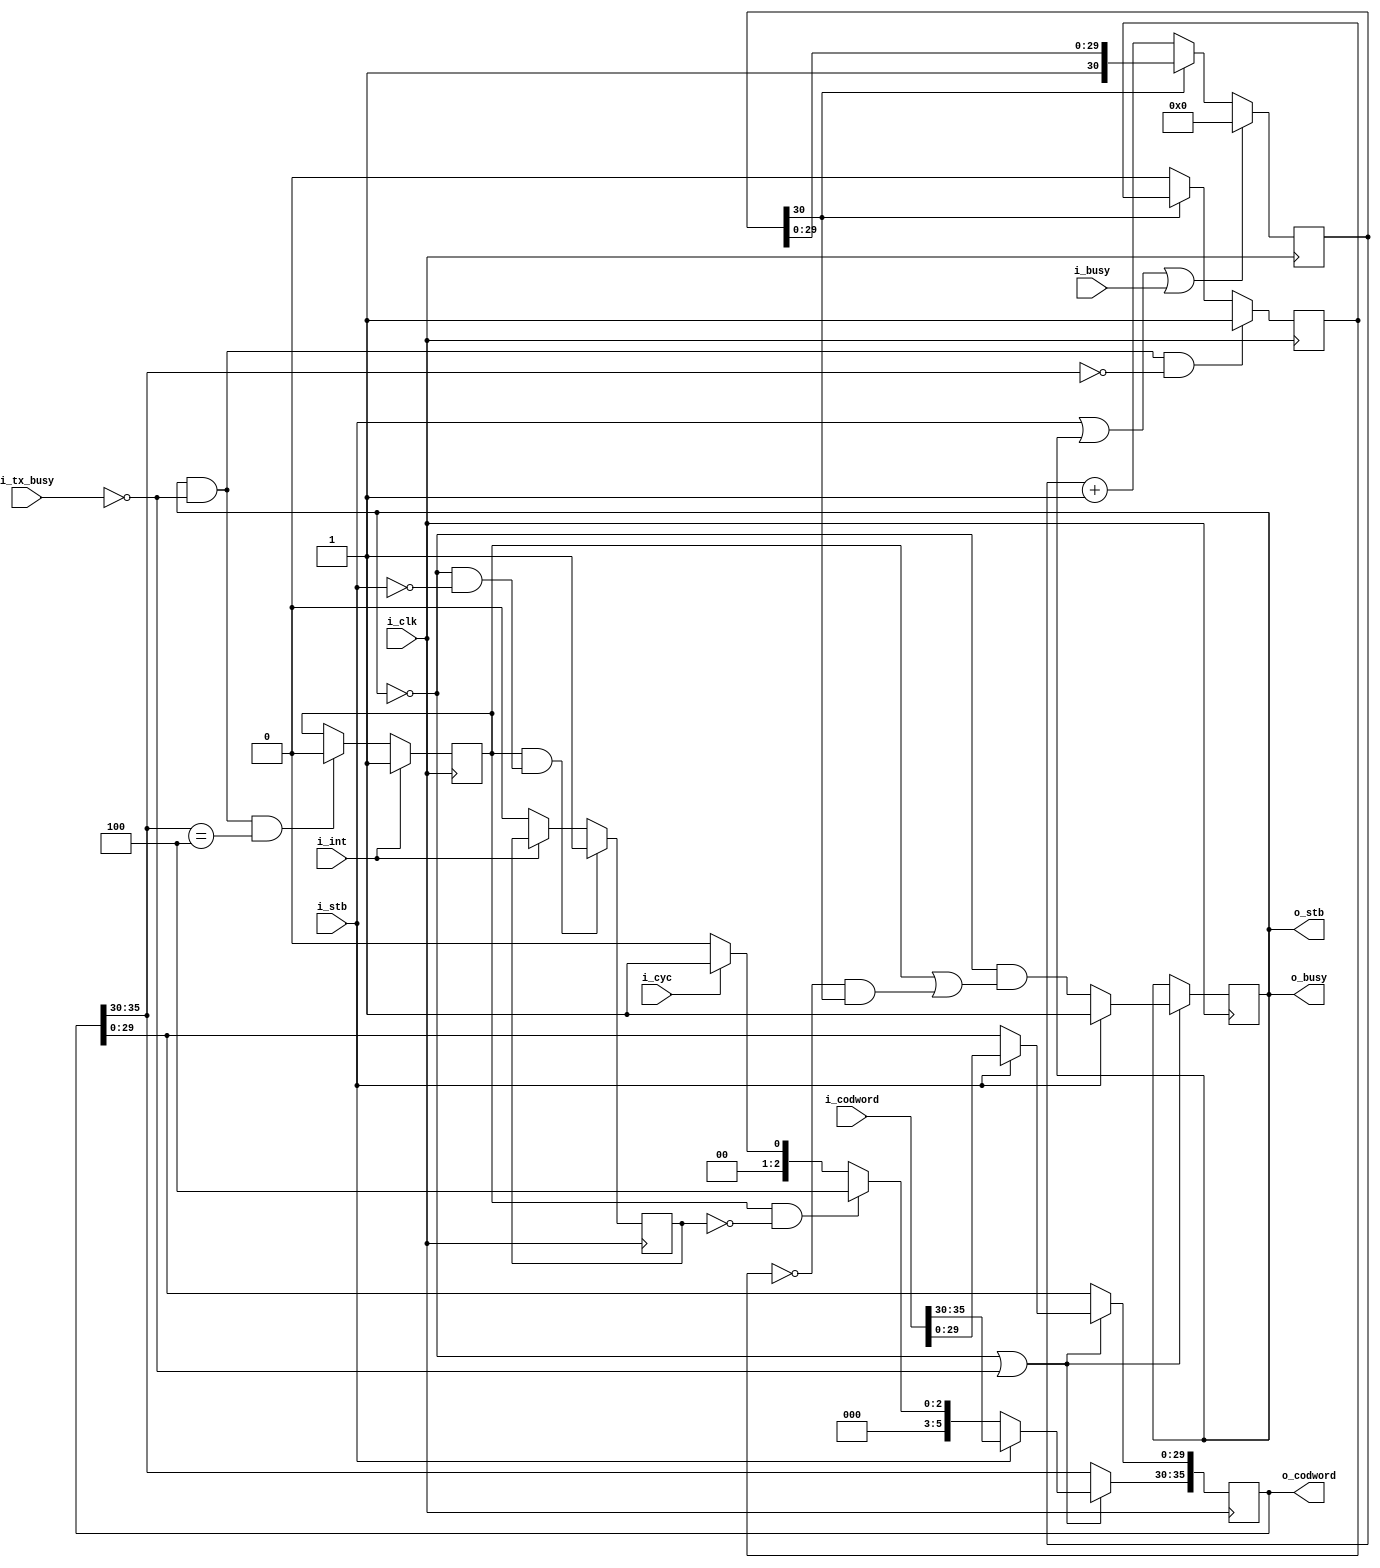
module	wbuidleint(i_clk, i_stb, i_codword, i_cyc, i_busy, i_int,
		o_stb, o_codword, o_busy,
		i_tx_busy);
	localparam	CW_INTERRUPT = { 6'h4, 30'h0000 }; // interrupt codeword
	localparam	CW_BUSBUSY   = { 6'h1, 30'h0000 }; // bus busy, ow idle
	localparam	CW_IDLE      = { 6'h0, 30'h0000 }; // idle codeword

	input	wire		i_clk;
	// From the FIFO following the bus executor
	input	wire		i_stb;
	input	wire	[35:0]	i_codword;
	// From the rest of the board
	input	wire		i_cyc, i_busy, i_int;
	// To the next stage
	output	reg		o_stb;
	output	reg	[35:0]	o_codword;
	output	reg		o_busy;
	// Is the next stage busy?
	input	wire		i_tx_busy;

	reg		int_request, int_sent;
	wire		idle_expired;
	reg		idle_state;
	reg	[IDLEBITS-1:0]	idle_counter;

	initial	int_request = 1'b0;
	always @(posedge i_clk)
	if (i_int)
		int_request <= 1;
	else if((o_stb)&&(!i_tx_busy)&&(o_codword[35:30]==CW_INTERRUPT[35:30]))
		int_request <= 0;

`ifdef	VERILATOR
	localparam	IDLEBITS = 22;
`else
	localparam	IDLEBITS = 31;
`endif
	// Now, for the idle counter
	initial	idle_counter = 0;
	always @(posedge i_clk)
	if ((i_stb)||(o_stb)||(i_busy))
		idle_counter <= 0;
	else if (!idle_counter[IDLEBITS-1])
		idle_counter <= idle_counter + 1;

	initial	idle_state = 1'b0;
	always @(posedge i_clk)
	if ((o_stb)&&(!i_tx_busy)&&(o_codword[35:30]==CW_IDLE[35:30]))
		// We are now idle, and can rest
		idle_state <= 1'b1;
	else if (!idle_counter[IDLEBITS-1])
		// We became active, and can rest no longer
		idle_state <= 1'b0;

	assign	idle_expired = (!idle_state)&&(idle_counter[IDLEBITS-1]);

	initial	o_stb  = 1'b0;
	always @(posedge i_clk)
	if(!o_stb || !i_tx_busy)
	begin
		if (i_stb)
		begin // On a valid output, just send it out
			// We'll open this strobe, even if the transmitter
			// is busy, just 'cause we might otherwise lose it
			o_stb <= 1'b1;
			o_codword <= i_codword;
		end else begin
			// Our indicators take a clock to reset, hence
			// we'll idle for one clock before sending either an
			// interrupt or an idle indicator.  The bus busy
			// indicator is really only ever used to let us know
			// that something's broken.
			o_stb <= (!o_stb)&&(int_request || idle_expired);

			if (int_request && !int_sent)
				o_codword[35:30] <= CW_INTERRUPT[35:30];
			else begin
				o_codword[35:30] <= CW_IDLE[35:30];
				if (i_cyc)
					o_codword[35:30] <= CW_BUSBUSY[35:30];
			end
		end
	end

	always @(*)
		o_busy = o_stb;

	initial	int_sent = 1'b0;
	always @(posedge i_clk)
	if ((int_request)&&((!o_stb)&&(!o_busy)&&(!i_stb)))
		int_sent <= 1'b1;
	else if (~i_int)
		int_sent <= 1'b0;

`ifdef	FORMAL
// Formal properties for this module are maintained elsewhere
`endif
endmodule